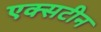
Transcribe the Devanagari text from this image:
एक्सटीन